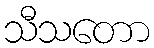
သီသတော